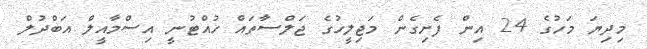
މިދިޔަ މަހުގެ 24 އިން ފެށިގެން މަޖިލީހުގެ ޖަލްސާތައް ހުއްޓުނީ އިސްމާއީލް އަބްދުލް